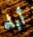
أباه